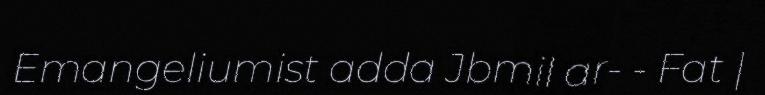
Emangeliumist adda Jbmil ar- - Fat |